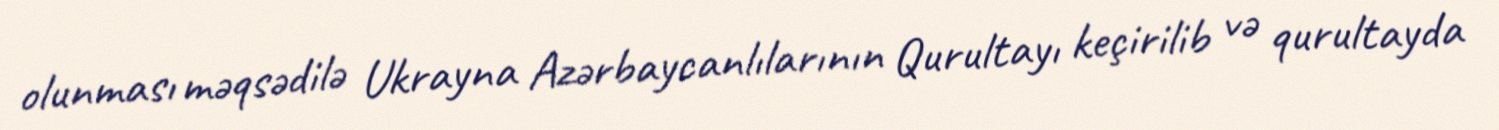
olunması məqsədilə Ukrayna Azərbaycanlılarının Qurultayı keçirilib və qurultayda